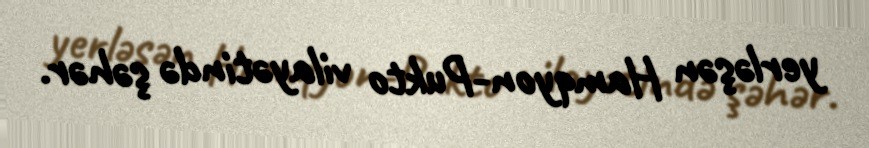
yerləşən Hamqyon-Pukto vilayətində şəhər.